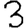
Digit: 3